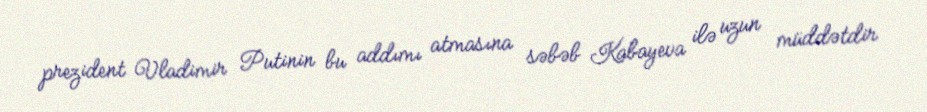
prezident Vladimir Putinin bu addımı atmasına səbəb Kabayeva ilə uzun müddətdir